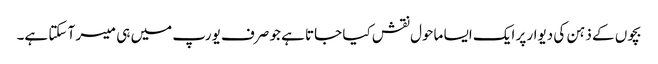
بچوں کے ذہن کی دیوار پر ایک ایسا ماحول نقش کیا جاتا ہے جو صرف یورپ میں ہی میسر آ سکتا ہے۔